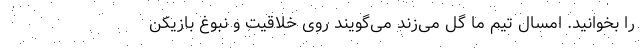
را بخوانید. امسال تیم ما گل می‌زند می‌گویند روی خلاقیت و نبوغ بازیکن